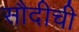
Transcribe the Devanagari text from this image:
सौदीची